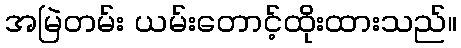
အမြဲတမ်း ယမ်းတောင့်ထိုးထားသည်။